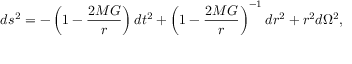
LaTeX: d s ^ { 2 } = - \left( 1 - \frac { 2 M G } { r } \right) d t ^ { 2 } + \left( 1 - \frac { 2 M G } { r } \right) ^ { - 1 } d r ^ { 2 } + r ^ { 2 } d \Omega ^ { 2 } ,